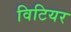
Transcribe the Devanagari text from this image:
विटियर